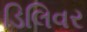
ડિલિવર